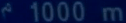
1000\mathrm{~m